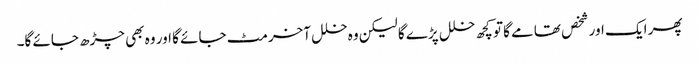
پھر ایک اور شخص تھامے گا تو کچھ خلل پڑے گا لیکن وہ خلل آخر مٹ جائے گا اور وہ بھی چڑھ جائے گا۔